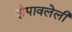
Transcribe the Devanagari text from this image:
झेपावलेली